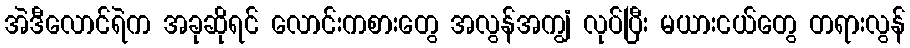
အဲဒီလောင်ရဲက အခုဆိုရင် လောင်းကစားတွေ အလွန်အကျွံ လုပ်ပြီး မယားငယ်တွေ တရားလွန်